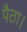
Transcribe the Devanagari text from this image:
पैठा।